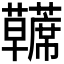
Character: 𫊘